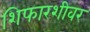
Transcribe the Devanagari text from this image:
शिफारशीवर